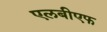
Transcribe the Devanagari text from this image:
एलबीएफ